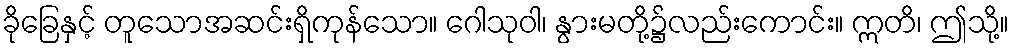
ခိုခြေနှင့် တူသောအဆင်းရှိကုန်သော။ ဂေါသုဝါ၊ နွားမတို့၌လည်းကောင်း။ ဣတိ၊ ဤသို့။